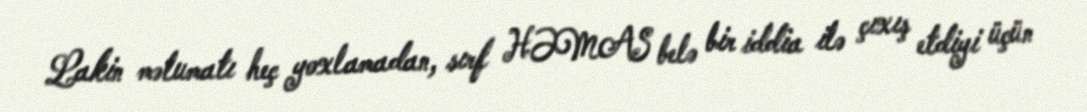
Lakin məlumatı heç yoxlamadan, sırf HƏMAS belə bir iddia ilə çıxış etdiyi üçün